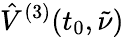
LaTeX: \hat{V}^{(3)}(t_{0},\tilde{\nu})